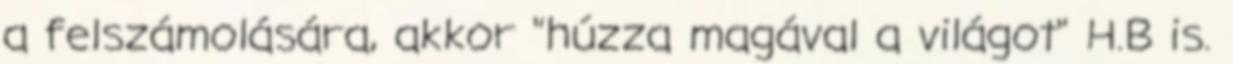
a felszámolására, akkor "húzza magával a világot" H.B is.